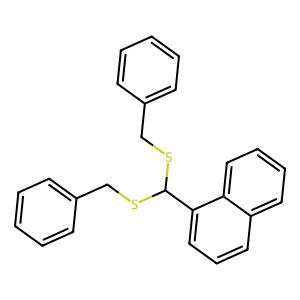
SMILES: c1ccc(CSC(SCc2ccccc2)c2cccc3ccccc23)cc1
Inhibits HIV replication: No